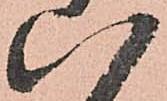
八